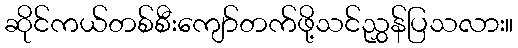
ဆိုင်ကယ်တစ်စီးကျော်တက်ဖို့သင်ညွှန်ပြသလား။